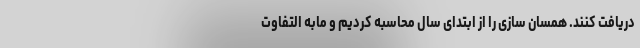
دریافت کنند. همسان سازی را از ابتدای سال محاسبه کردیم و مابه التفاوت